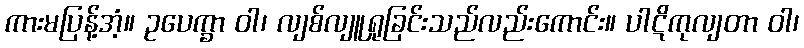
ကားမပြန့်အံ့။ ဥပေက္ခာ ဝါ၊ လျစ်လျူရှုခြင်းသည်လည်းကောင်း။ ပါဋိကုလျတာ ဝါ၊